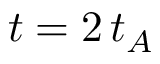
t = 2 \, t _ { A }